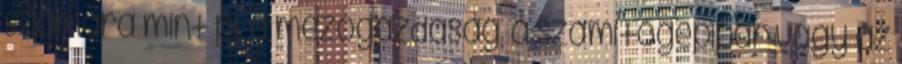
számára mint pl. a mezőgazdaság, a számítógépipar vagy az